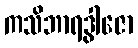
ကသိဘာရဒွါဇော